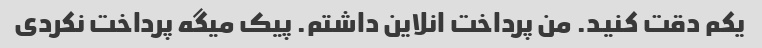
یکم دقت کنید. من پرداخت انلاین داشتم. پیک میگه پرداخت نکردی